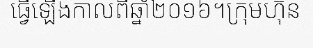
ធ្វើឡើងកាលពីឆ្នាំ២០១៦។ក្រុមហ៊ុន